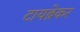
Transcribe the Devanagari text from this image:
टायब्रेकर